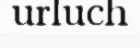
urluch